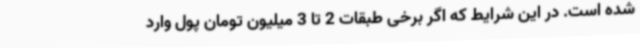
شده است. در این شرایط که اگر برخی طبقات 2 تا 3 میلیون تومان پول وارد